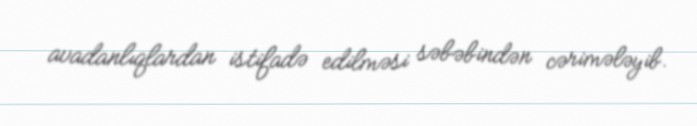
avadanlıqlardan istifadə edilməsi səbəbindən cərimələyib.